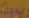
ريموت